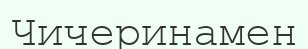
Чичеринамен